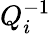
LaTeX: Q_{i}^{-1}